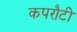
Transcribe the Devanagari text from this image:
कपरौटी